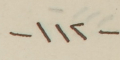
-١١٢-